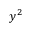
y ^ { 2 }